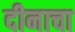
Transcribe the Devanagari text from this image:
दीनाचा